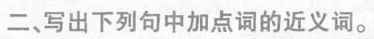
二、写出下列句中加点词的近义词。